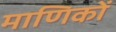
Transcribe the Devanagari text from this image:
माणिकों